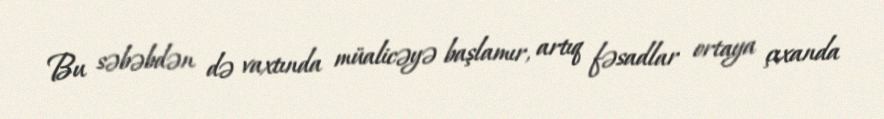
Bu səbəbdən də vaxtında müalicəyə başlamır, artıq fəsadlar ortaya çıxanda